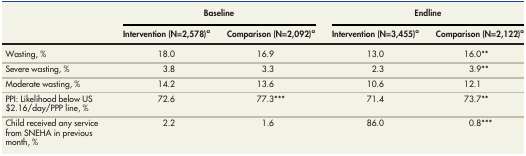
<table><thead><tr><td rowspan="2"></td><td colspan="2"><b>Baseline</b></td><td colspan="2"><b>Endline</b></td></tr><tr><td><b>Intervention (N=2,578)<sup>a</sup></b></td><td><b>Comparison (N=2,092)<sup>a</sup></b></td><td><b>Intervention (N=3,455)<sup>a</sup></b></td><td><b>Comparison (N=2,122)<sup>a</sup></b></td></tr></thead><tbody><tr><td>Wasting, %</td><td>18.0</td><td>16.9</td><td>13.0</td><td>16.0**</td></tr><tr><td>Severe wasting, %</td><td>3.8</td><td>3.3</td><td>2.3</td><td>3.9**</td></tr><tr><td>Moderate wasting, %</td><td>14.2</td><td>13.6</td><td>10.6</td><td>12.1</td></tr><tr><td>PPI: Likelihood below US$2.16/day/PPP line, %</td><td>72.6</td><td>77.3***</td><td>71.4</td><td>73.7**</td></tr><tr><td>Child received any service from SNEHA in previous month, %</td><td>2.2</td><td>1.6</td><td>86.0</td><td>0.8***</td></tr></tbody></table>